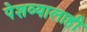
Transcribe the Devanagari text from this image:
पेशव्यालाही